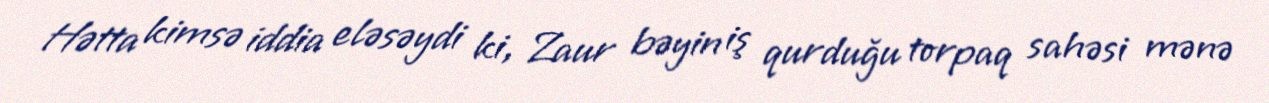
Hətta kimsə iddia eləsəydi ki, Zaur bəyin iş qurduğu torpaq sahəsi mənə